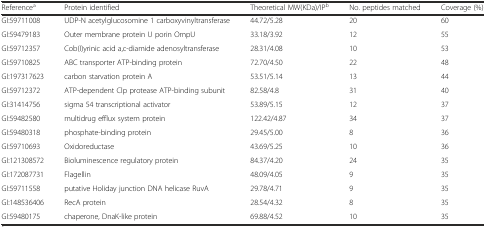
| Referencea | Protein identified | Theoretical MW(KDa)/IPb | No. peptides matched | Coverage (%) |
 | --- | --- | --- | --- | --- |
 | GI:59711008 | UDP-N acetylglucosomine 1 carboxyvinyltransferase | 44.72/5.28 | 20 | 60 |
 | GI:59479183 | Outer membrane protein U porin OmpU | 33.18/3.92 | 12 | 55 |
 | GI:59712357 | Cob(I)yrinic acid a,c-diamide adenosyltransferase | 28.31/4.08 | 10 | 53 |
 | GI:59710825 | ABC transporter ATP-binding protein | 72.70/4.50 | 22 | 48 |
 | GI:197317623 | carbon starvation protein A | 53.51/5.14 | 13 | 44 |
 | GI:59712372 | ATP-dependent Clp protease ATP-binding subunit | 82.58/4.8 | 31 | 40 |
 | GI:31414756 | sigma 54 transcriptional activator | 53.89/5.15 | 12 | 37 |
 | GI:59482580 | multidrug efflux system protein | 122.42/4.87 | 34 | 37 |
 | GI:59480318 | phosphate-binding protein | 29.45/5.00 | 8 | 36 |
 | GI:59710693 | Oxidoreductase | 43.69/5.25 | 10 | 36 |
 | GI:121308572 | Bioluminescence regulatory protein | 84.37/4.20 | 24 | 35 |
 | GI:172087731 | Flagellin | 48.09/4.05 | 9 | 35 |
 | GI:59711558 | putative Holiday junction DNA helicase RuvA | 29.78/4.71 | 9 | 35 |
 | GI:148536406 | RecA protein | 28.54/4.32 | 8 | 35 |
 | GI:59480175 | chaperone, DnaK-like protein | 69.88/4.52 | 10 | 35 |